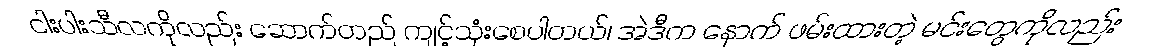
ငါးပါးသီလကိုလည်း ဆောက်တည် ကျင့်သုံးစေပါတယ်၊ အဲဒီက နောက် ဖမ်းထားတဲ့ မင်းတွေကိုလည်း